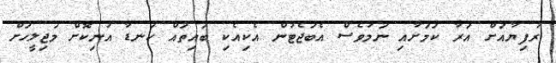
ރުފިޔާއަށް އަރާ ކަމަށާއި ނަމަވެސް އެބަޖެޓުން އެކިއެކި ބައިތައް ކަނޑާ އުނިކޮށް މަޖިލީހަށް